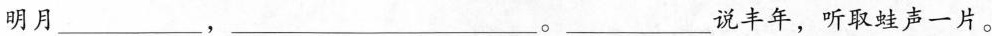
明月___，___。___说丰年，听取蛙声一片。